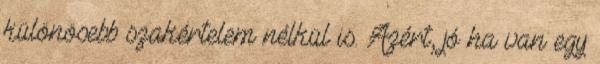
különösebb szakértelem nélkül is. Azért, jó ha van egy